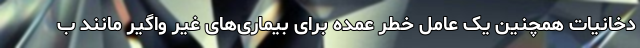
دخانیات همچنین یک عامل خطر عمده برای بیماری‌های غیر واگیر مانند ب